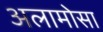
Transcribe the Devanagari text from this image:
अलामोसा